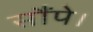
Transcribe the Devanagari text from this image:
सौंपे।